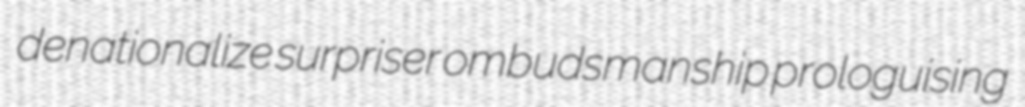
denationalize surpriser ombudsmanship prologuising